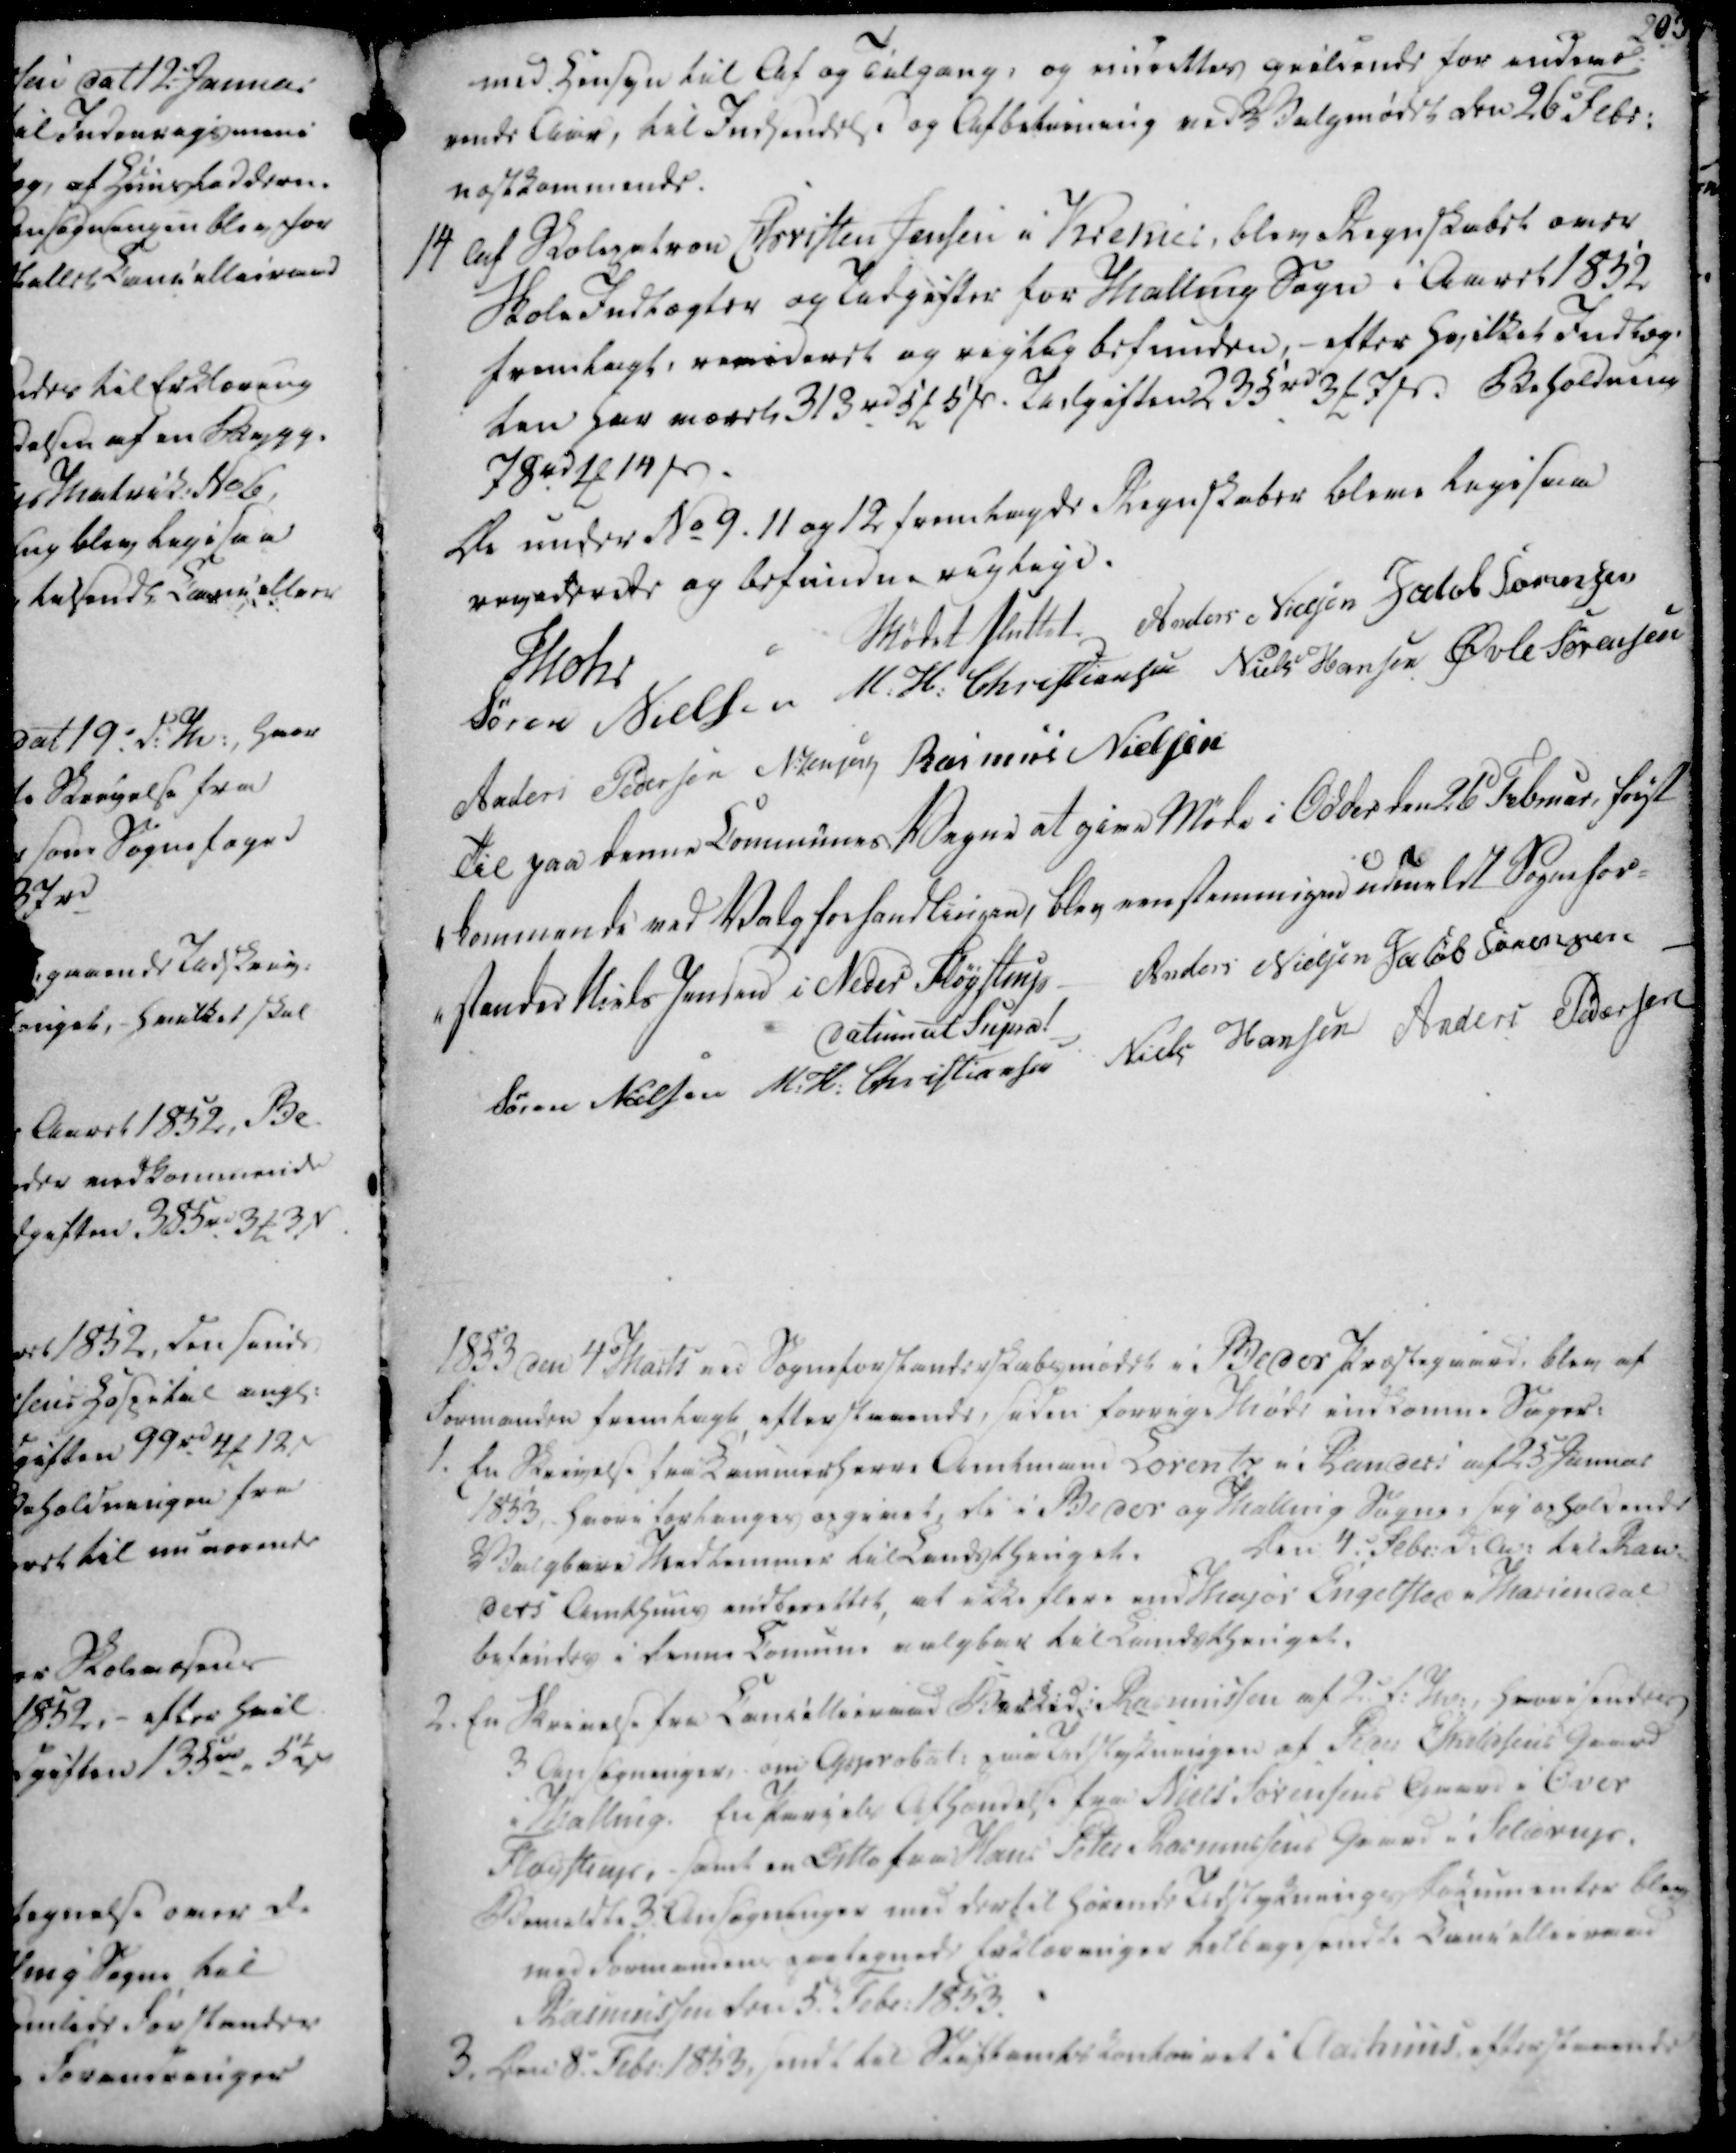
Transskription:
med Hensyn til Af og Tilgang, og midrettes gieldende for indevæ-

rende Aar, til Indsendelse og Afbetrining ved Valgmødet den 26 Febr.

næstkommende.

med Hensyn til Af og Tilgang, og midrettes gieldende for indevæ-
rende Aar, til Indsendelse og Afbetrining ved Valgmødet den 26 Febr.
næstkommende.

14 Af Skolepatron Christen Jensen i Krekier, blev Regnskabet over

Skole Indtægter og Udgifter for Malling Sogn i Aaret 1852

fremlagt, revideret og rigtig befunden,- efter hvilket Indtæg-

ten har været 313 rd 5 ₻ 5 ẞ. Udgiften 235 rd 3 ₻ 7 ẞ. Beholdning

78 rd 1 ₻ 14 ẞ.

14 Af Skolepatron Christen Jensen i Krekier, blev Regnskabet over
Skole Indtægter og Udgifter for Malling Sogn i Aaret 1852
fremlagt, revideret og rigtig befunden,- efter hvilket Indtæg-
ten har været 313 rd 5 ₻ 5 ẞ. Udgiften 235 rd 3 ₻ 7 ẞ. Beholdning
78 rd 1 ₻ 14 ẞ.

De under No 9, 11 og 12 fremlagde Regnskaber bleve ligesaa

reviderede og befundne rigtige.

Mødet sluttet

Mohr

Anders Nielsen

Jacob Sørensen

Søren Nielsen

M. H. Christiansen

Niels Hansen

Øvle Sørensen

Anders Pedersen

N. Jensen

Rasmus Nielsen

De under No 9, 11 og 12 fremlagde Regnskaber bleve ligesaa
reviderede og befundne rigtige.
Mødet sluttet
Mohr
Anders Nielsen
Jacob Sørensen
Søren Nielsen
M. H. Christiansen
Niels Hansen
Øvle Sørensen
Anders Pedersen
N. Jensen
Rasmus Nielsen

Til paa denne Communes Vegne at give Møde i Odder den 26 Februar, først

-kommende ved Valgforhandlingen, blev eenstemmigen udmeldt Sognefor-

-stander Niels Jensen i Neder Fløystrup

Datum ut Supra!

Anders Nielsen

Jacob Sørensen

Søren Nielsen

M. H. Christiansen

Niels Hansen

Anders Pedersen

Til paa denne Communes Vegne at give Møde i Odder den 26 Februar, først
-kommende ved Valgforhandlingen, blev eenstemmigen udmeldt Sognefor-
-stander Niels Jensen i Neder Fløystrup
Datum ut Supra!
Anders Nielsen
Jacob Sørensen
Søren Nielsen
M. H. Christiansen
Niels Hansen
Anders Pedersen

1853 den 4. Marts ved Sogneforstanderskabsmødet i Beder Præstegaard, blev af

Formanden fremlagt, efterstaaende, siden forrige Møde indkomne Sager:

1853 den 4. Marts ved Sogneforstanderskabsmødet i Beder Præstegaard, blev af
Formanden fremlagt, efterstaaende, siden forrige Møde indkomne Sager:

1. En Skrivelse fra Kammerherre Amtmand Lorentz i Randers af 25 Januar

1853, hvori forlanges opgivet, de i Beder og Malling Sogne, sig opholdende

Valgbare Medlemmer til Landsthinget.

Den 4. Febr. d.A. til Ran

ders Amthuus indberettet, at ikke flere end Major Engelsted i Mariendal

befindes i denne Comune valgbar til Landsthinget.

2. En Skrivelse fra Cancellieraad Birked. Rasmussen af 2. f.M., hvori sendes

3 Ansøgninger, om Approbat. paa Udstykningen af Peder Eskildsens Gaard

i Malling. En Parcels Afhændelse fra Niels Sørensens Gaard i Over

Fløystrup, samt en Ditto fra Hans Peter Rasmussens Gaard i Seldrup.

Bemeldte 3 Ansøgninger med dertil hørende Udstyknings Dokumenter blev

med Formandens paategnede Erklæringer tilbagesendte Cancellieraad

Rasmussen den 5. Febr. 1853.

1. En Skrivelse fra Kammerherre Amtmand Lorentz i Randers af 25 Januar
1853, hvori forlanges opgivet, de i Beder og Malling Sogne, sig opholdende
Valgbare Medlemmer til Landsthinget.
Den 4. Febr. d.A. til Ran
ders Amthuus indberettet, at ikke flere end Major Engelsted i Mariendal
befindes i denne Comune valgbar til Landsthinget.
2. En Skrivelse fra Cancellieraad Birked. Rasmussen af 2. f.M., hvori sendes
3 Ansøgninger, om Approbat. paa Udstykningen af Peder Eskildsens Gaard
i Malling. En Parcels Afhændelse fra Niels Sørensens Gaard i Over
Fløystrup, samt en Ditto fra Hans Peter Rasmussens Gaard i Seldrup.
Bemeldte 3 Ansøgninger med dertil hørende Udstyknings Dokumenter blev
med Formandens paategnede Erklæringer tilbagesendte Cancellieraad
Rasmussen den 5. Febr. 1853.

3. Den 8. Febr. 1853, sendt til Stiftamtskontoiret i Aarhuus, efterstaaende

3. Den 8. Febr. 1853, sendt til Stiftamtskontoiret i Aarhuus, efterstaaende